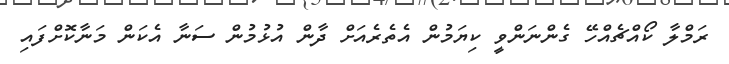
ރަމްލާ ކޯއްޗެއްހޭ ގެންނަންވީ ކިޔަމުން އެތެރެއަށް ދާން އުޅުމުން ސަނާ އެކަން މަނާކޮށްފައި